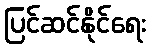
ပြင်ဆင်နိုင်ရေး